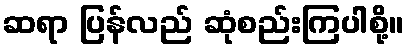
ဆရာ ပြန်လည် ဆုံစည်းကြပါစို့။